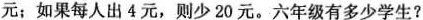
元；如果每人出4元，则少20元。六年级有多少学生?